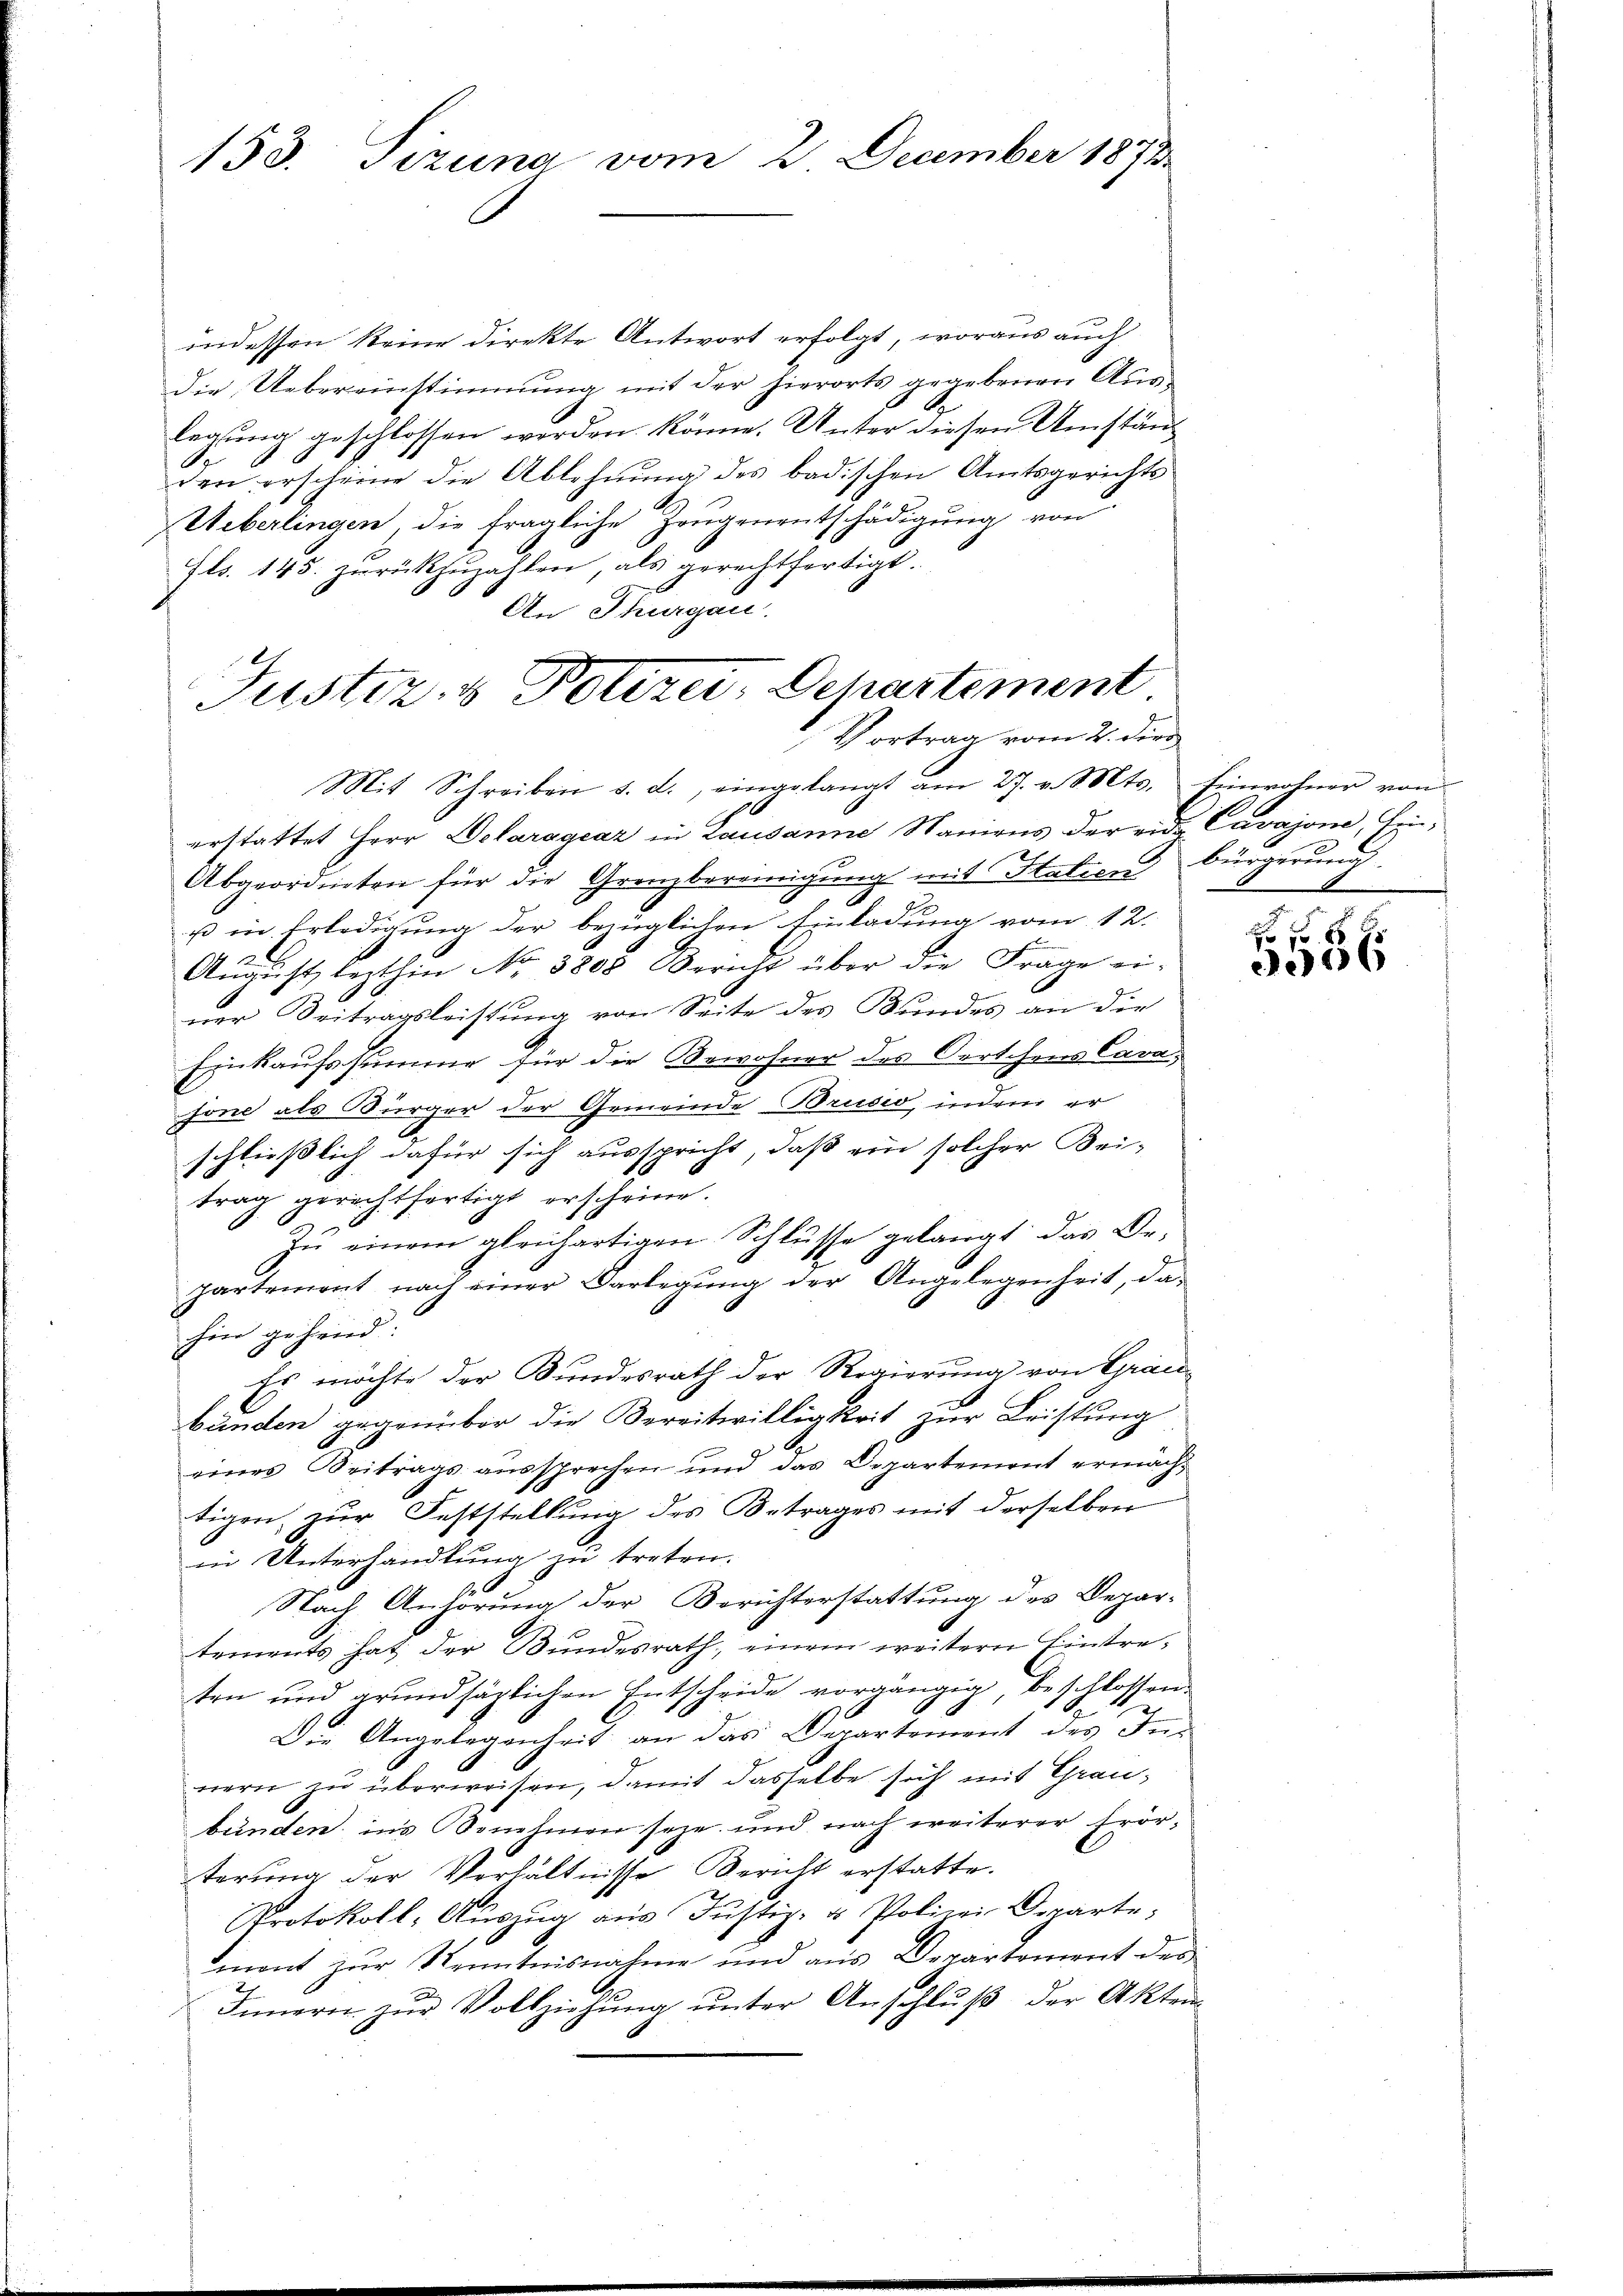
153. Sizung vom 2. December 1873

indessen keine Direkte Antwort erfolgt, woraus auch
die Uebereinstimmung mit der hierorts gegebenen Auslegung geschlossen werden könne. Unter diesen Umständ
den erscheine die Ablehnung des badischen Amtsgerichts¬
Ueberlingen, die fragliche Zeugenentschädigung von
Fls. 145. zurückzuzahlen, als gerechtfertigt.
An Thurgau.
erstattet Herr Delaragrar in Lausanne Namens der eide Cavajona, Hei¬
Abgeordneten für die Grenzbereinigung mit Statien bürgerung
u in Erledigung der bezüglichen Einladung vom 12.
.
Aŭgŭst lezthin No 3805 Bericht über die Frage ei-
ner Beitragsleistung von Seite des Bundes an die
Einkaufssumme für die Bewohner des Oertchens Cava
sone als Bürger der Gemeinde Bruse, indem er
E
schließlich dafür sich ausspricht, daß ein solcher Bei-
trag gerechtfertigt erscheine.
Zu einem gleichartigen Schlusse gelangt das De-
partement nach einer Darlegŭng der Angelegenheit, da
hin gehend:
Es möchte der Bundesrath der Regierung von Graubunden gegenüber die Bereitwilligkeit zur Leistung
eines Beitrags aussprechen und das Departemont ermächtigen, zur Feststellung des Betrages mit derselben
in Unterhandlung zu treten.
.
Nach Anhörung der Berichterstattung des Depar-
tements hat der Bundesrath, einem weitern Eintreten und grundsäglichen Entscheide vorgängig, beschlossen.
2
Die Angelegenheit an das Departement des Innern zu überweisen, damit dasselbe sich mit Grau-
bunden; ins Genehmen seze und nach weiterer Erörterung der Verhältnisse Bericht erstatte.
Protokoll, Auszug aus Justiz- u Polizei Departe,
mont zur Kenntnisnahme und aus Departoment der
Innern zŭr Vollziehŭng ŭnter Anschlŭβ der Akten

Justiz- & Polizei. Departement
Vortrag vom 2. der
Mit Schreiben d. d. eingelangt am 27. v. Mts. Einwohner von

2 f 6
6